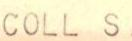
COLL S